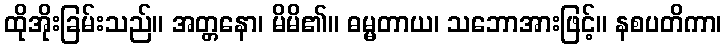
ထိုအိုးခြမ်းသည်။ အတ္တနော၊ မိမိ၏။ ဓမ္မတာယ၊ သဘောအားဖြင့်။ နစပတိကာ၊